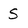
Character: s